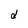
Character: a